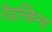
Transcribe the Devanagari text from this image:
रैडस्किन्स